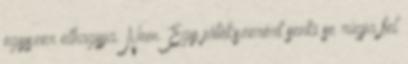
egyszer elhagyja. Nem. Egy játékszerért senki se rúgja fel